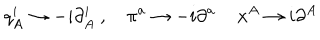
q _ { A } ^ { i } \rightarrow - i \partial _ { A } ^ { i } \ , \quad \pi ^ { a } \rightarrow - i \partial ^ { a } \, \quad x ^ { A } \rightarrow i \partial ^ { A }